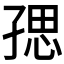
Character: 𭓑